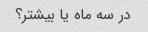
در سه ماه یا بیشتر؟